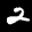
Label: 2